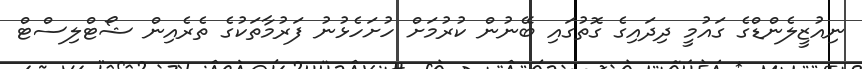
ނިއުޒީލެންޑްގެ ގައުމީ ދިދައިގެ ގޮތުގައި ބޭނުން ކުރުމަށް ހުށަހެޅުނު ފަރުމާތަކުގެ ތެރެއިން ޝޯޓްލިސްޓް